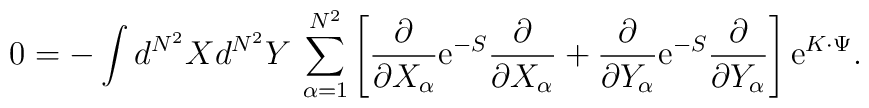
0= - \int d^{N^2}Xd^{N^2}Y \,\sum_{\alpha=1}^{N^2} \left[\frac{\partial}{\partial X_{\alpha}} {\rm e}^{- S}\frac{\partial}{\partial X_{\alpha}}+ \frac{\partial}{\partial Y_{\alpha}} {\rm e}^{-S}\frac{\partial}{\partial Y_{\alpha}} \right] {\rm e}^{K\cdot \Psi}.